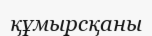
құмырсқаны